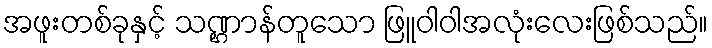
အဖူးတစ်ခုနှင့် သဏ္ဌာန်တူသော ဖြူဝါဝါအလုံးလေးဖြစ်သည်။